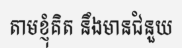
តាមខ្ញុំគិត នឹងមានជំនួយ